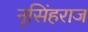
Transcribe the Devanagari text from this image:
नृसिंहराज